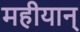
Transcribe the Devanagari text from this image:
महीयान्‌